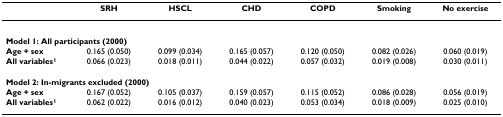
|  | SRH | HSCL | CHD | COPD | Smoking | No exercise |
 | --- | --- | --- | --- | --- | --- | --- |
 | <COLSPAN=7> Model 1: All participants (2000) |
 | Age + sex | 0.165 (0.050) | 0.099 (0.034) | 0.165 (0.057) | 0.120 (0.050) | 0.082 (0.026) | 0.060 (0.019) |
 | All variables1 | 0.066 (0.023) | 0.018 (0.011) | 0.044 (0.022) | 0.057 (0.032) | 0.019 (0.008) | 0.030 (0.011) |
 | <COLSPAN=7> Model 2: In-migrants excluded (2000) |
 | Age + sex | 0.167 (0.052) | 0.105 (0.037) | 0.159 (0.057) | 0.115 (0.052) | 0.086 (0.028) | 0.056 (0.019) |
 | All variables1 | 0.062 (0.022) | 0.016 (0.012) | 0.040 (0.023) | 0.053 (0.034) | 0.018 (0.009) | 0.025 (0.010) |